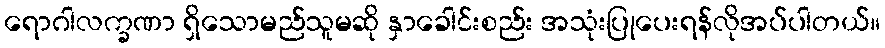
ရောဂါလက္ခဏာ ရှိသောမည်သူမဆို နှာခေါင်းစည်း အသုံးပြုပေးရန်လိုအပ်ပါတယ်။